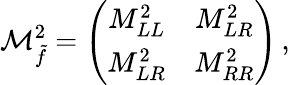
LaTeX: {\cal M}_{\tilde{f}}^{2}=\left(\begin{array}{cc}{{M_{LL}^{2}}}&{{M_{LR}^{2}}}\\ {{M_{LR}^{2}}}&{{M_{RR}^{2}}}\end{array}\right)\, ,